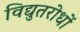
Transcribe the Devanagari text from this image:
विद्युतरोधों